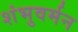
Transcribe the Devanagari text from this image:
शंभुवर्मन